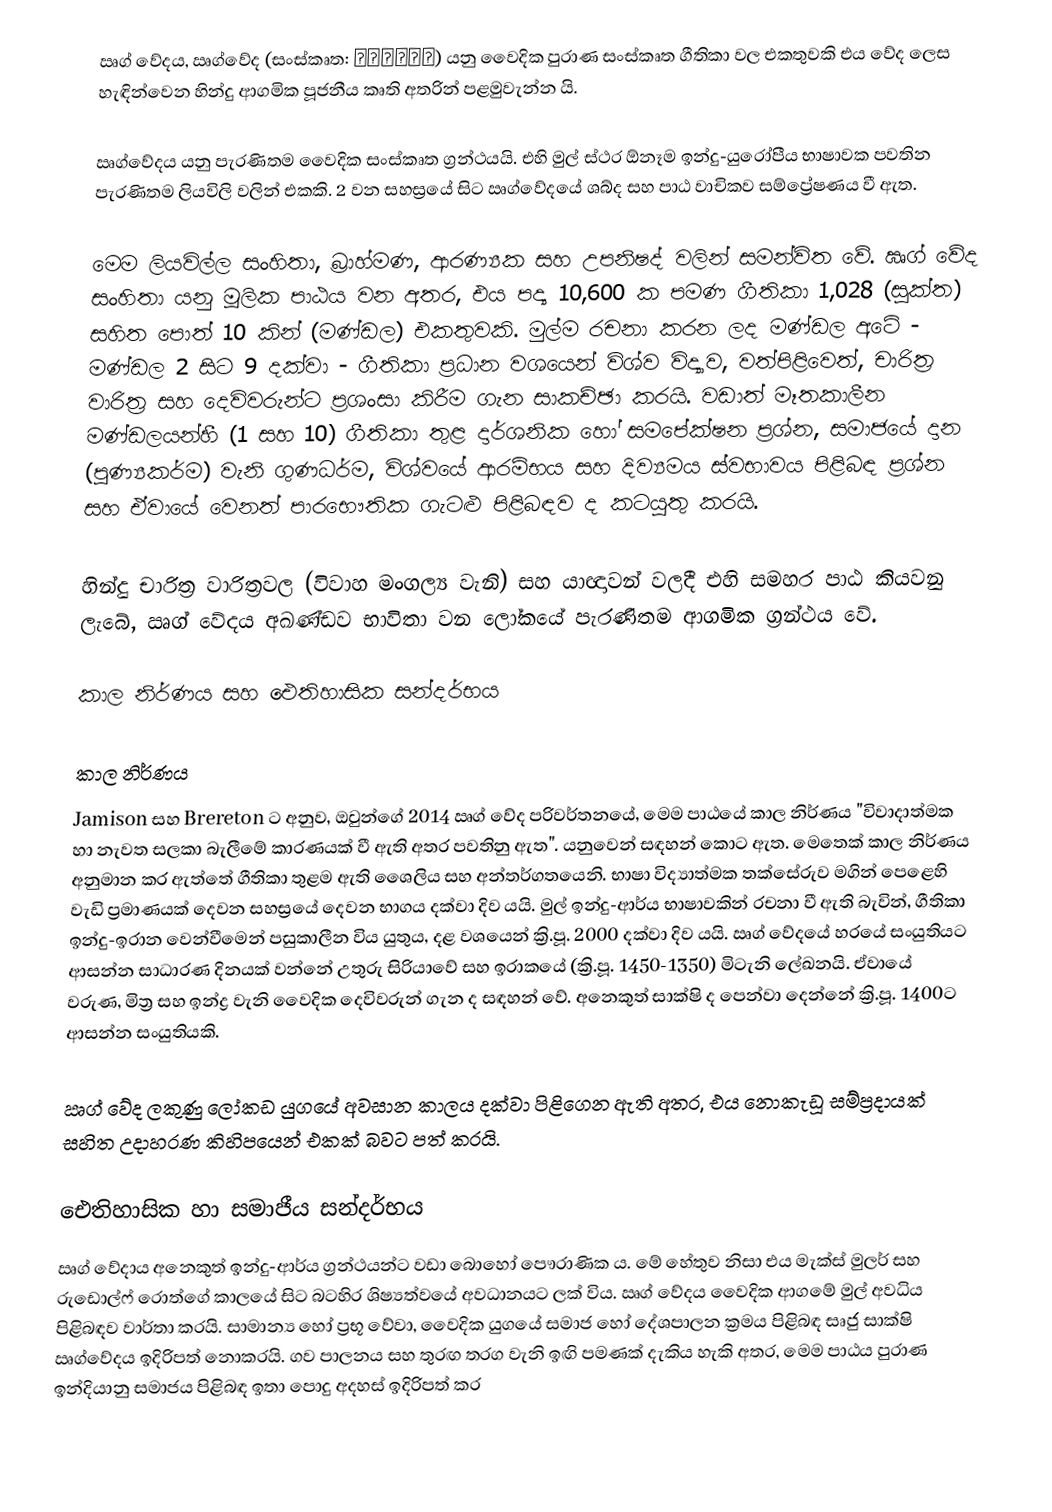
ඍග් වේදය, ඍග්වේද (සංස්කෘත: ऋग्वेद) යනු වෛදික පුරාණ සංස්කෘත ගීතිකා වල  එකතුවකි එය වේද ලෙස හැඳින්වෙන හින්දු ආගමික පූජනීය කෘති අතරින් පළමුවැන්න යි.

ඍග්වේදය යනු පැරණිතම වෛදික සංස්කෘත ග්‍රන්ථයයි. එහි මුල් ස්ථර ඕනෑම ඉන්දු-යුරෝපීය භාෂාවක පවතින පැරණිතම ලියවිලි වලින් එකකි. 2 වන සහස්‍රයේ සිට ඍග්වේදයේ ශබ්ද සහ පාඨ වාචිකව සම්ප්‍රේෂණය වී ඇත.

මෙම ලියවිල්ල සංහිතා, බ්‍රාහ්මණ, ආරණ්‍යක සහ උපනිෂද් වලින් සමන්විත වේ. ඍග් වේද සංහිතා යනු මූලික පාඨය වන අතර, එය පද්‍ය 10,600 ක පමණ ගීතිකා 1,028 (සූක්ත) සහිත පොත් 10 කින් (මණ්ඩල) එකතුවකි. මුල්ම රචනා කරන ලද මණ්ඩල අටේ - මණ්ඩල 2 සිට 9 දක්වා - ගීතිකා ප්‍රධාන වශයෙන් විශ්ව විද්‍යාව, වත්පිළිවෙත්, චාරිත්‍ර වාරිත්‍ර සහ දෙවිවරුන්ට ප්‍රශංසා කිරීම ගැන සාකච්ඡා කරයි. වඩාත් මෑතකාලීන මණ්ඩලයන්හී (1 සහ 10) ගීතිකා තුළ දාර්ශනික හෝ සමපේක්ෂන ප්‍රශ්න, සමාජයේ දාන (පුණ්‍යකර්ම) වැනි ගුණධර්ම, විශ්වයේ ආරම්භය සහ දිව්‍යමය ස්වභාවය පිළිබඳ ප්‍රශ්න සහ ඒවායේ වෙනත් පාරභෞතික ගැටළු පිළිබඳව ද කටයුතු කරයි.

හින්දු චාරිත්‍ර වාරිත්‍රවල (විවාහ මංගල්‍ය වැනි) සහ යාඥාවන් වලදී එහි සමහර පාඨ  කියවනු ලැබේ, ඍග් වේදය අඛණ්ඩව භාවිතා වන ලෝකයේ පැරණිතම ආගමික ග්‍රන්ථය වේ.

කාල නිර්ණය සහ ඓතිහාසික සන්දර්භය

කාල නිර්ණය
Jamison සහ Brereton ට අනුව, ඔවුන්ගේ 2014 ඍග් වේද පරිවර්තනයේ, මෙම පාඨයේ කාල නිර්ණය "විවාදාත්මක හා නැවත සලකා බැලීමේ කාරණයක් වී ඇති අතර පවතිනු ඇත". යනුවෙන් සඳහන් කොට ඇත. මෙතෙක් කාල නිර්ණය අනුමාන කර ඇත්තේ ගීතිකා තුළම ඇති ශෛලිය සහ අන්තර්ගතයෙනි. භාෂා විද්‍යාත්මක තක්සේරුව මගින් පෙළෙහි වැඩි ප්‍රමාණයක් දෙවන සහස්‍රයේ දෙවන භාගය දක්වා දිව යයි. මුල් ඉන්දු-ආර්ය භාෂාවකින් රචනා වී ඇති බැවින්, ගීතිකා ඉන්දු-ඉරාන වෙන්වීමෙන් පසුකාලීන විය යුතුය, දළ වශයෙන් ක්‍රි.පූ. 2000 දක්වා දිව යයි. ඍග් වේදයේ හරයේ සංයුතියට ආසන්න සාධාරණ දිනයක් වන්නේ උතුරු සිරියාවේ සහ ඉරාකයේ (ක්‍රි.පූ. 1450-1350) මිටැනි ලේඛනයි. ඒවායේ වරුණ, මිත්‍ර සහ ඉන්ද්‍ර වැනි වෛදික දෙවිවරුන් ගැන ද සඳහන් වේ. අනෙකුත් සාක්ෂි ද පෙන්වා දෙන්නේ ක්‍රි.පූ. 1400ට ආසන්න සංයුතියකි.

ඍග් වේද ලකුණු ලෝකඩ යුගයේ අවසාන කාලය දක්වා පිළිගෙන ඇති අතර, එය නොකැඩූ සම්ප්‍රදායක් සහිත උදාහරණ කිහිපයෙන් එකක් බවට පත් කරයි.

ඓතිහාසික හා සමාජීය සන්දර්භය
ඍග් වේදාය අනෙකුත් ඉන්දු-ආර්ය ග්‍රන්ථයන්ට වඩා බොහෝ පෞරාණික ය. මේ හේතුව නිසා එය මැක්ස් මුලර් සහ රුඩොල්ෆ් රොත්ගේ කාලයේ සිට බටහිර ශිෂ්‍යත්වයේ අවධානයට ලක් විය. ඍග් වේදය වෛදික ආගමේ මුල් අවධිය පිළිබඳව වාර්තා කරයි. සාමාන්‍ය හෝ ප්‍රභූ වේවා, වෛදික යුගයේ සමාජ හෝ දේශපාලන ක්‍රමය පිළිබඳ සෘජු සාක්ෂි ඍග්වේදය ඉදිරිපත් නොකරයි. ගව පාලනය සහ තුරඟ තරග වැනි ඉඟි පමණක් දැකිය හැකි අතර, මෙම පාඨය පුරාණ ඉන්දියානු සමාජය පිළිබඳ ඉතා පොදු අදහස් ඉදිරිපත් කර